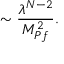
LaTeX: \sim { \frac { \lambda ^ { N - 2 } } { M _ { P f } ^ { 2 } } } .